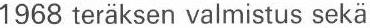
1968 teräksen valmistus sekä